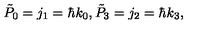
\tilde { P } _ { 0 } = j _ { 1 } = \hbar k _ { 0 } , \tilde { P } _ { 3 } = j _ { 2 } = \hbar k _ { 3 } ,